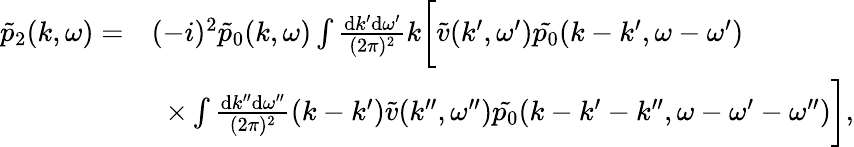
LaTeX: \begin{array}{rl}{\tilde{p}_{2}(k,\omega)=}&{(-i)^{2}\tilde{p}_{0}(k,\omega)\int\frac{\mathrm{d}k^{\prime}\mathrm{d}\omega^{\prime}}{(2\pi)^{2}}k\bigg[\tilde{v}(k^{\prime},\omega^{\prime})\tilde{p_{0}}(k-k^{\prime},\omega-\omega^{\prime})}\\ &{\, \, \, \times\int\frac{\mathrm{d}k^{\prime\prime}\mathrm{d}\omega^{\prime\prime}}{(2\pi)^{2}}(k-k^{\prime})\tilde{v}(k^{\prime\prime},\omega^{\prime\prime})\tilde{p_{0}}(k-k^{\prime}-k^{\prime\prime},\omega-\omega^{\prime}-\omega^{\prime\prime})\bigg],}\end{array}